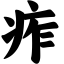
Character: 痄